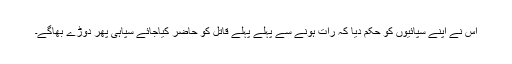
اس نے اپنے سپائیوں کو حکم دیا کہ رات ہونے سے پہلے پہلے قاتل کو حاضر کیاجائے سپاہی پھر دوڑے بھاگے۔